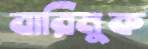
বারিমুক